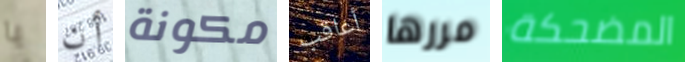
يا أن مكونة أعاقب مررها المضحكة